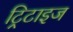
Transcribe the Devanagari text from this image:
ट्रिटाइज